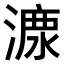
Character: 𣼟